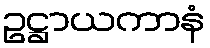
ဥဋ္ဌာယကာနံ